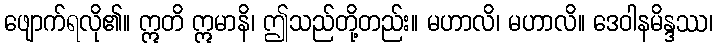
ဖျောက်ရလို၏။ ဣတိ ဣမာနိ၊ ဤသည်တို့တည်း။ မဟာလိ၊ မဟာလိ။ ဒေဝါနမိန္ဒဿ၊